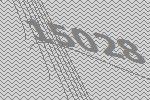
15028